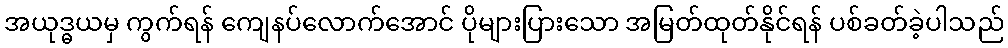
အယုဒ္ဓယမှ ကွက်ရန် ကျေနပ်လောက်အောင် ပိုများပြားသော အမြတ်ထုတ်နိုင်ရန် ပစ်ခတ်ခဲ့ပါသည်